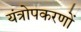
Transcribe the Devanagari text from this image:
यंत्रोपकरणों